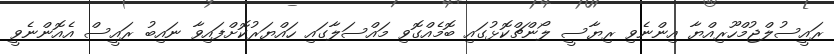
ރައީސުލްޖުމްހޫރިއްޔާ އިންނެވި ރިޔާސީ ލޯންޗްކޮޅުގައި ބޮމެއްގޮވި މައްސަލާގައި ހައްޔަރުކޮށްފައިވާ ނައިބު ރައީސް އެއޮންނެވީ